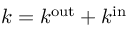
k = k ^ { \mathrm { o u t } } + k ^ { \mathrm { i n } }